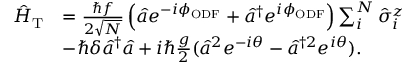
\begin{array} { r l } { \hat { H } _ { \mathrm { T } } } & { = \frac { \hbar f } { 2 \sqrt { N } } \left( \hat { a } e ^ { - i \phi _ { \mathrm { O D F } } } + \hat { a } ^ { \dagger } e ^ { i \phi _ { \mathrm { O D F } } } \right) \sum _ { i } ^ { N } \hat { \sigma } _ { i } ^ { z } } \\ & { - \hbar \delta \hat { a } ^ { \dagger } \hat { a } + i \hbar \frac { g } { 2 } ( \hat { a } ^ { 2 } e ^ { - i \theta } - \hat { a } ^ { \dagger 2 } e ^ { i \theta } ) . } \end{array}